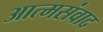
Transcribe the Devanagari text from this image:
आत्मसंवाद